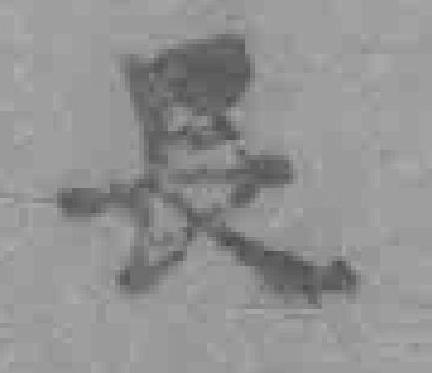
長